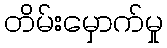
တိမ်းမှောက်မှု